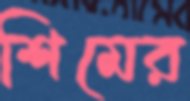
শিমের